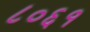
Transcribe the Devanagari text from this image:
८०६१